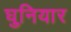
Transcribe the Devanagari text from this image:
घुनियार